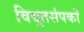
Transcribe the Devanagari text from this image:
विद्युतसंपर्कों